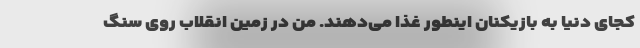
کجای دنیا به بازیکنان اینطور غذا می‌دهند. من در زمین انقلاب روی سنگ